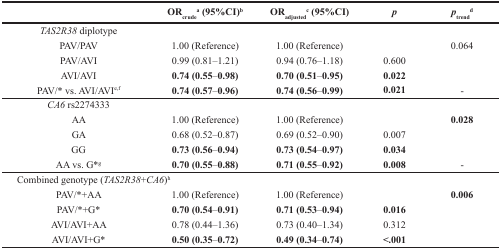
<table><thead><tr><td></td><td><b>OR<sub>crude</sub><sup>a</sup>(95%CI)<sup>b</sup></b></td><td><b>OR<sub>adjusted</sub><sup>c</sup>(95%CI)</b></td><td><b><i>p</i></b></td><td><b><i>p</i><sub>trend</sub><sup>d</sup></b></td></tr></thead><tbody><tr><td><i>TAS2R38</i> diplotype</td><td></td><td></td><td></td><td></td></tr><tr><td>PAV/PAV</td><td>1.00 (Reference)</td><td>1.00 (Reference)</td><td></td><td>0.064</td></tr><tr><td>PAV/AVI</td><td>0.99 (0.81–1.21)</td><td>0.94 (0.76–1.18)</td><td>0.600</td><td></td></tr><tr><td>AVI/AVI</td><td><b>0.74 (0.55</b>–<b>0.98)</b></td><td><b>0.70 (0.51</b>–<b>0.95)</b></td><td><b>0.022</b></td><td></td></tr><tr><td>PAV/* vs. AVI/AVI<sup>e,f</sup></td><td><b>0.74 (0.57</b>–<b>0.96)</b></td><td><b>0.74 (0.56</b>–<b>0.99)</b></td><td><b>0.021</b></td><td>-</td></tr><tr><td><i>CA6</i> rs2274333</td><td></td><td></td><td></td><td></td></tr><tr><td>AA</td><td>1.00 (Reference)</td><td>1.00 (Reference)</td><td></td><td><b>0.028</b></td></tr><tr><td>GA</td><td>0.68 (0.52–0.87)</td><td>0.69 (0.52–0.90)</td><td>0.007</td><td></td></tr><tr><td>GG</td><td><b>0.73 (0.56</b>–<b>0.94)</b></td><td><b>0.73 (0.54</b>–<b>0.97)</b></td><td><b>0.034</b></td><td></td></tr><tr><td>AA vs. G*<sup>g</sup></td><td><b>0.70 (0.55</b>–<b>0.88)</b></td><td><b>0.71 (0.55</b>–<b>0.92)</b></td><td><b>0.008</b></td><td>-</td></tr><tr><td>Combined genotype (<i>TAS2R38</i>+<i>CA6</i>)<sup>h</sup></td><td></td><td></td><td></td><td></td></tr><tr><td>PAV/*+AA</td><td>1.00 (Reference)</td><td>1.00 (Reference)</td><td></td><td><b>0.006</b></td></tr><tr><td>PAV/*+G*</td><td><b>0.70 (0.54</b>–<b>0.91)</b></td><td><b>0.71 (0.53</b>–<b>0.94)</b></td><td><b>0.016</b></td><td></td></tr><tr><td>AVI/AVI+AA</td><td>0.78 (0.44–1.36)</td><td>0.73 (0.40–1.34)</td><td>0.312</td><td></td></tr><tr><td>AVI/AVI+G*</td><td><b>0.50 (0.35</b>–<b>0.72)</b></td><td><b>0.49 (0.34</b>–<b>0.74)</b></td><td><b>&lt;.001</b></td><td></td></tr></tbody></table>